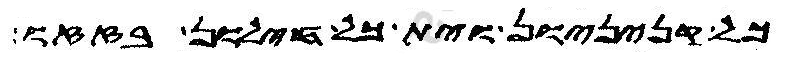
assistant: כל קניניון וית כל חילון בזזו